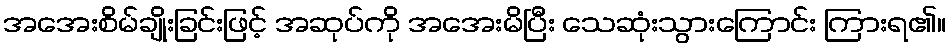
အအေးစိမ်ချိုးခြင်းဖြင့် အဆုပ်ကို အအေးမိပြီး သေဆုံးသွားကြောင်း ကြားရ၏။